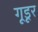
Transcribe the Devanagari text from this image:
गूडूर